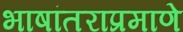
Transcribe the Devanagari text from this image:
भाषांतराप्रमाणे